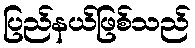
ပြည်နယ်ဖြစ်သည်